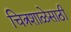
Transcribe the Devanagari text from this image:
चित्रशाळेसाठी